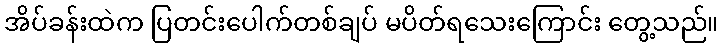
အိပ်ခန်းထဲက ပြတင်းပေါက်တစ်ချပ် မပိတ်ရသေးကြောင်း တွေ့သည်။